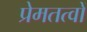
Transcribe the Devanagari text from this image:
प्रेमतत्वों